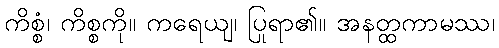
ကိစ္စံ၊ ကိစ္စကို။ ကရေယျ၊ ပြုရာ၏။ အနတ္ထကာမဿ၊